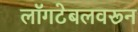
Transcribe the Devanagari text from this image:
लॉगटेबलवरून